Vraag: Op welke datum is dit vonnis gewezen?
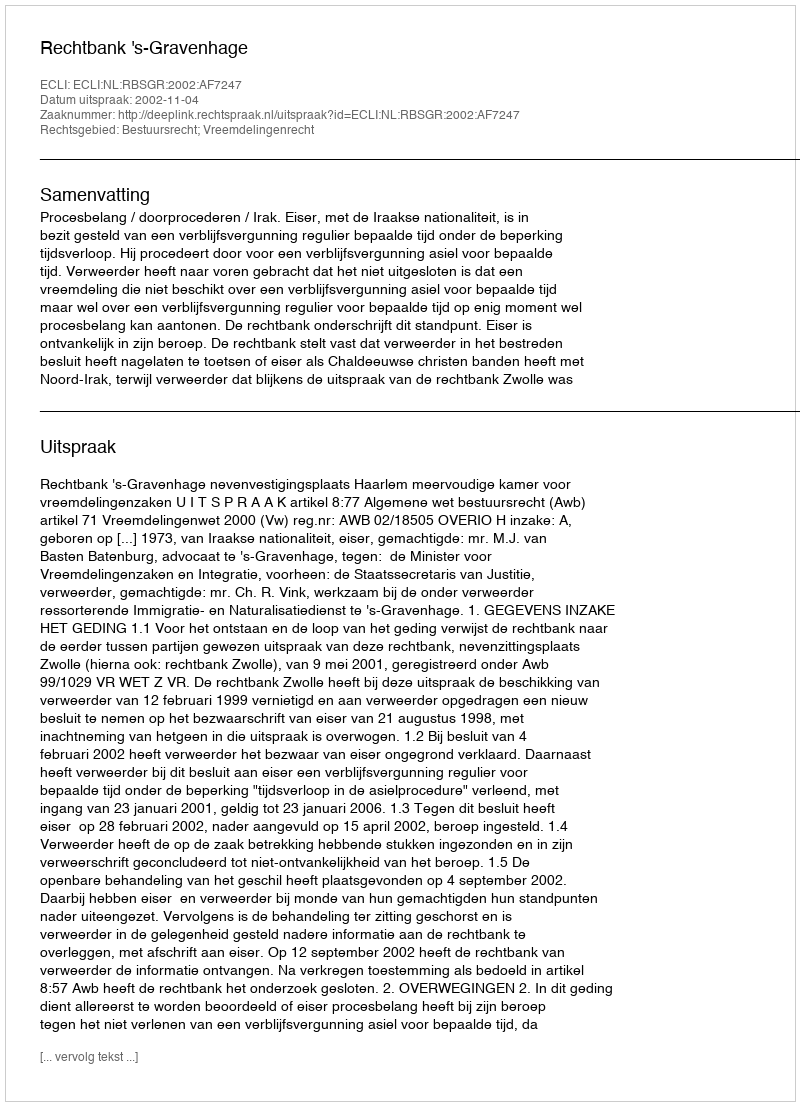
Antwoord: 2002-11-04